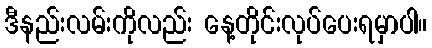
ဒီနည်းလမ်းကိုလည်း နေ့တိုင်းလုပ်ပေးရမှာပါ။